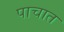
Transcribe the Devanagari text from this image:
पाचात